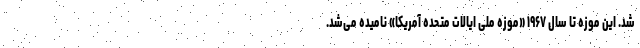
شد. این موزه تا سال ۱۹۶۷ «موزه ملی ایالات متحده آمریکا» نامیده می‌شد.